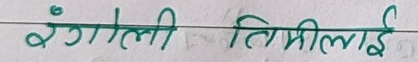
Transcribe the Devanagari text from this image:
रंगोली तिमीलाई